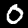
Digit: 0